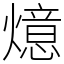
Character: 燱